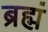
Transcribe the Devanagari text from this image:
ब्रह्मं